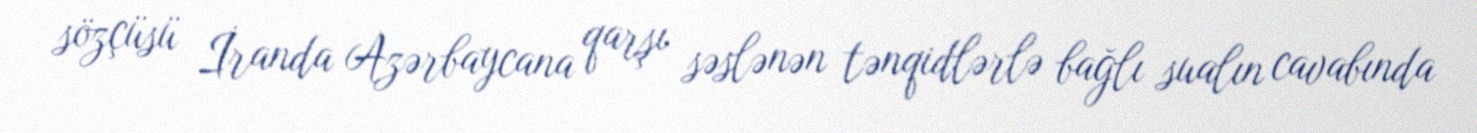
sözçüsü İranda Azərbaycana qarşı səslənən tənqidlərlə bağlı sualın cavabında